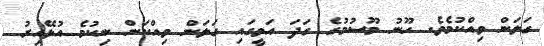
ގަލަން ވިއްކުމެވެ. ހޫނު މޫސުމުގެ ގަދަ އަވީގައި ގަލަން ވިއްކަން ނިކުމެ އުޅޭއިރު